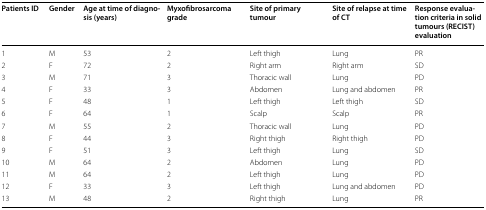
<table><thead><tr><td><b>Patients ID</b></td><td><b>Gender</b></td><td><b>Age at time of diagnosis (years)</b></td><td><b>Myxofibrosarcoma grade</b></td><td><b>Site of primary tumour</b></td><td><b>Site of relapse at time of CT</b></td><td><b>Response evaluation criteria in solid tumours (RECIST) evaluation</b></td></tr></thead><tbody><tr><td>1</td><td>M</td><td>53</td><td>2</td><td>Left thigh</td><td>Lung</td><td>PR</td></tr><tr><td>2</td><td>F</td><td>72</td><td>2</td><td>Right arm</td><td>Right arm</td><td>SD</td></tr><tr><td>3</td><td>M</td><td>71</td><td>3</td><td>Thoracic wall</td><td>Lung</td><td>PD</td></tr><tr><td>4</td><td>F</td><td>33</td><td>3</td><td>Abdomen</td><td>Lung and abdomen</td><td>PR</td></tr><tr><td>5</td><td>F</td><td>48</td><td>1</td><td>Left thigh</td><td>Left thigh</td><td>SD</td></tr><tr><td>6</td><td>F</td><td>64</td><td>1</td><td>Scalp</td><td>Scalp</td><td>PR</td></tr><tr><td>7</td><td>M</td><td>55</td><td>2</td><td>Thoracic wall</td><td>Lung</td><td>PD</td></tr><tr><td>8</td><td>F</td><td>44</td><td>3</td><td>Right thigh</td><td>Right thigh</td><td>PD</td></tr><tr><td>9</td><td>F</td><td>51</td><td>3</td><td>Left thigh</td><td>Lung</td><td>SD</td></tr><tr><td>10</td><td>M</td><td>64</td><td>2</td><td>Abdomen</td><td>Lung</td><td>PD</td></tr><tr><td>11</td><td>M</td><td>64</td><td>2</td><td>Left thigh</td><td>Lung</td><td>PD</td></tr><tr><td>12</td><td>F</td><td>33</td><td>3</td><td>Left thigh</td><td>Lung and abdomen</td><td>PD</td></tr><tr><td>13</td><td>M</td><td>48</td><td>2</td><td>Right thigh</td><td>Lung</td><td>PR</td></tr></tbody></table>